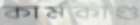
কার্মকাণ্ড